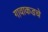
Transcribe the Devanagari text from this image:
गावाकडचे